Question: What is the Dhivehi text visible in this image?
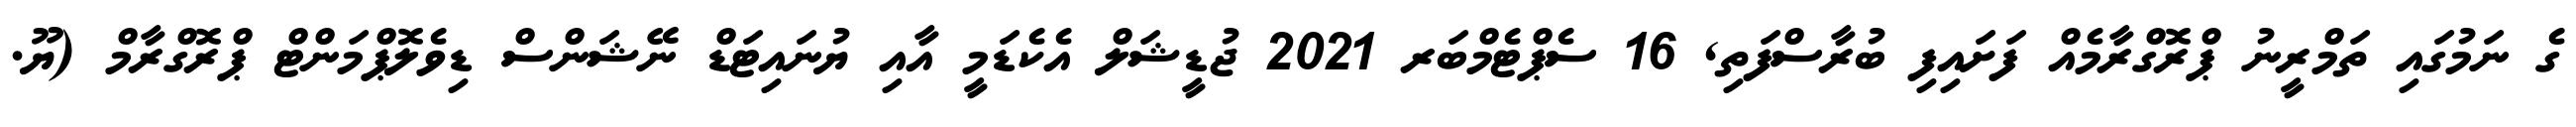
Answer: ގެ ނަމުގައި ތަމްރީނު ޕްރޮގްރާމެއް ފަށައިފި ބުރާސްފަތި, 16 ސެޕްޓެމްބަރ 2021 ޖުޑީޝަލް އެކެޑަމީ އާއި ޔުނައިޓަޑް ނޭޝަންސް ޑިވެލޮޕްމަންޓް ޕްރޮގްރާމް (ޔޫ.